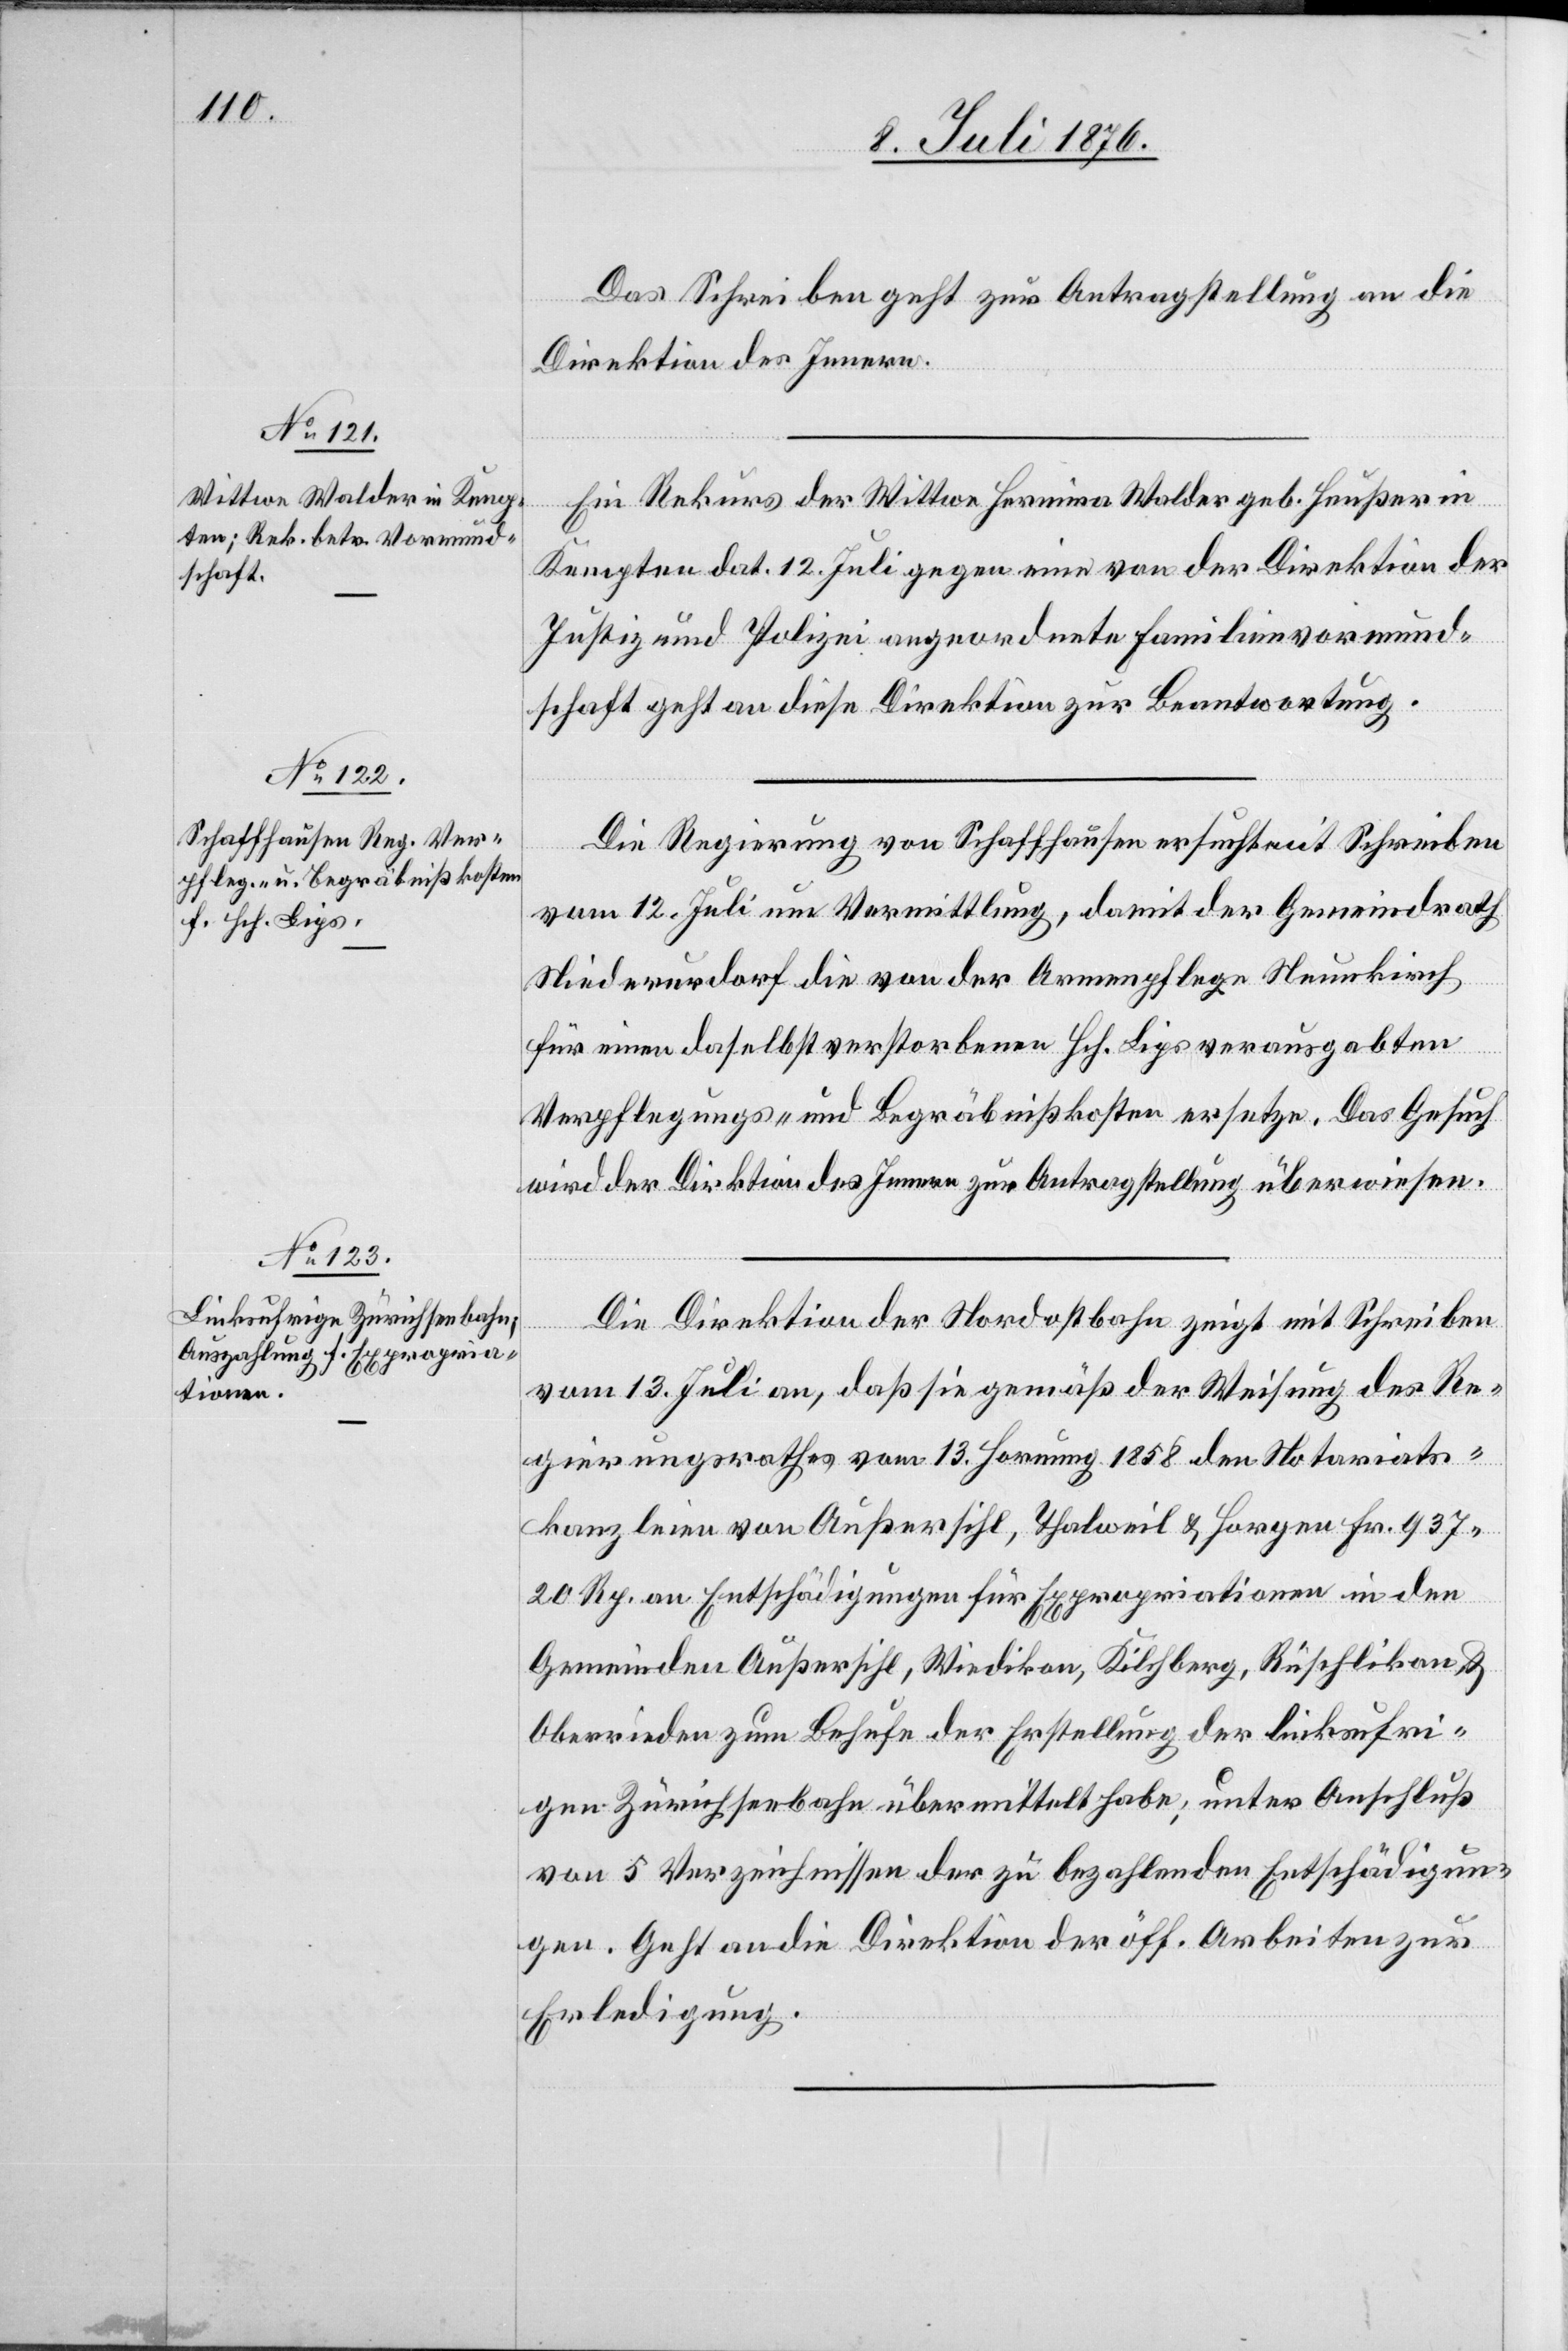
14. Juli 1876.]
Das Schreiben geht zur Antragstellung an die
Direktion des Innern.
Ein Rekurs der Wittwe Hermina Walder geb. Heußer in
Kempten dat. 12. Juli gegen eine von der Direktion der
Justiz und Polizei angeordnete Familienvormund¬
schaft geht an diese Direktion zur Beantwortung.
Die Regierung von Schaffhausen ersucht mit Schreiben
vom 12. Juli um Vermittlung, damit der Gemeindrath
Niederurdorf die von der Armenpflege Neunkirch
für einen daselbst verstorbenen Hch. Lips verausgabten
Verpflegungs- und Begräbnißkosten ersetze. Das Gesuch
wir der Direktion des Innern zur Antragstellung überwiesen.
Die Direktion der Nordostbahn zeigt mit Schreiben
vom 13. Juli an, daß sie gemäß der Weisung des Re¬
gierungsrathes vom 13. Hornung 1858 den Notariats¬
kanzleien von Außersihl, Thalweil und Horgen Fr. 937
20 Rp. an Entschädigungen für Expropriationen in den
Gemeinden Außersihl, Wiedikon, Kilchberg, Rüschlikon &
Oberrieden zum Behufe der Erstellung der linksufri¬
gen Zürichseebahn übermittelt habe; unter Anschluß
von 5 Verzeichnissen der zu bezahlenden Entschädigun¬
gen. Geht an die Direktion der öff. Arbeiten zur
Erledigung.